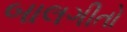
બાલગીતો